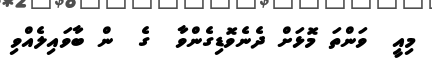
މިއީ  ވަންތަ މޮޅަށް ދެނެވޮޑިގެންވާ  ގެ  ން ބާވައިލެއްވި